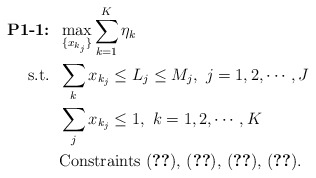
\begin{align*}\mbox{\textbf{P1-1:}} &\;\; \max_{\{x_{k_j}\}} \sum_{k=1}^K{\eta_{k}} \\ \mbox{s.t.} &\;\; \sum_k x_{k_j} \leq L_j \leq M_j,~j=1,2,\cdots,J \\ &\;\; \sum_j x_{k_j} \leq 1,~k=1,2,\cdots,K \\ &\;\; \mbox{Constraints~(\ref{eqn:mmhn95}),~(\ref{eqn:mmhn98nn}), (\ref{eqn:mmhn98}),~(\ref{eqn:mmhn87})}. \end{align*}